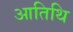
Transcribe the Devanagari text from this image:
आतिथि